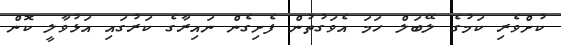
ކުށްވެރި ކަމުގެ ލޭބަލް ހަމަ އެވަގުތުން ފެށިގެން ނައިރާގެ ކަރުގައި އަޅުވާލީ ކޮން